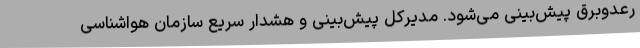
رعدوبرق پیش‌بینی می‌شود. مدیرکل پیش‌بینی و هشدار سریع سازمان هواشناسی